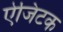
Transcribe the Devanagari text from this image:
ऐजिटक